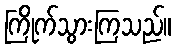
ကြိုက်သွားကြသည်။